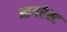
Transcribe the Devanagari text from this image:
आयरेस्ट